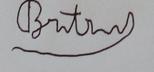
Signature authenticity: forged